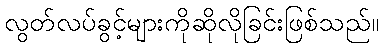
လွတ်လပ်ခွင့်များကိုဆိုလိုခြင်းဖြစ်သည်။